Report on lock hospitals in British Burma
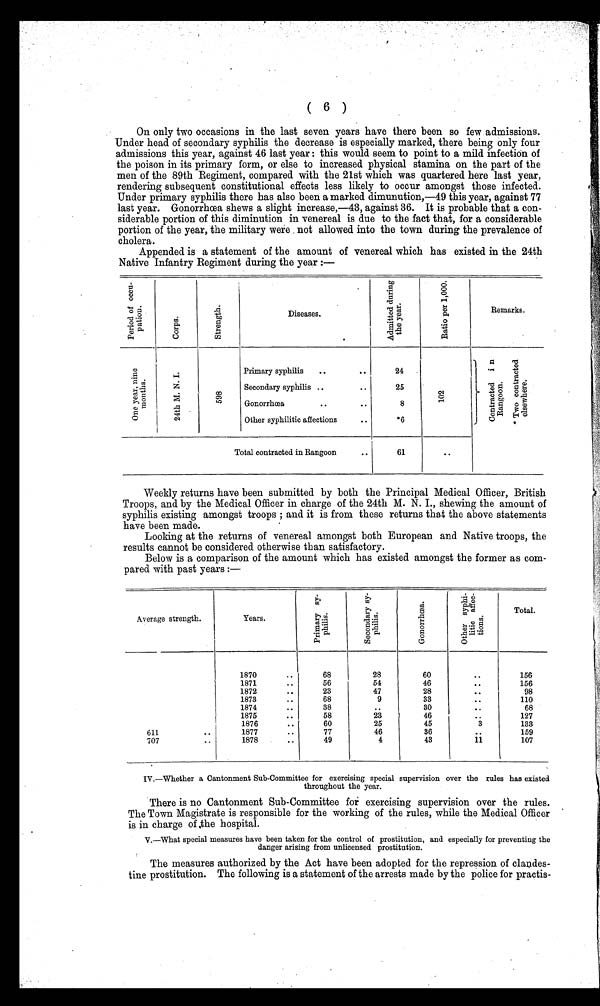
( 6 )
On only two occasions in the last seven years have there been so few admissions.
Under head of secondary syphilis the decrease is especially marked, there being only four
admissions this year, against 46 last year : this would seem to point to a mild infection of
the poison in its primary form, or else to increased physical stamina on the part of the
men of the 89th Regiment, compared with the 21st which was quartered here last year,
rendering subsequent constitutional effects less likely to occur amongst those infected.
Under primary syphilis there has also been a marked dimunution,—49 this year, against 77
last year. Gonorrhœa shews a slight increase,—43, against 36. It is probable that a con-
siderable portion of this diminution in venereal is due to the fact that, for a considerable
portion of the year, the military were . not allowed into the town during the prevalence of
cholera.
Appended is a statement of the amount of venereal which has existed in the 24th
Native Infantry Regiment during the year :—
P e r i o d o f o c c u -
p a t i o n .
C o r p s .
S t r e n g t h .
Diseases.
A d m i t t e d d u r i n g
t h e y e a r .
R a t i o p e r 1 , 0 0 0 .
Remarks.
O n e y e a r , n i n e
m o n t h s .
2 4 t h M . N . I .
5 9 8
Primary syphilis
..
. .
24
Contracted in
Rangoon.
* T w o c o n t r a c t e d
e l s e whe r e .
Secondary syphilis ..
. .
25
Gonorrhcea
..
..
8
1 0 2
Other syphilitic affections
. .
*6
Total contracted in Rangoon
..
61
. .
Weekly returns have been submitted by both the Principal Medical Officer, British
Troops, and by the Medical Officer in charge of the 24th M. N. I., shewing the amount of
syphilis existing amongst troops ; and it is from these returns that the above statements
have been made.
Looking at the returns of venereal amongst both European and Native troops, the
results cannot be considered otherwise than satisfactory.
Below is a comparison of the amount which has existed amongst the former as com-
pared with past years :—
Average strength.
Years.
P r i m a r y s y -
p h i l i s .
S e c o n d a r y s y -
p h i l i s
G o n o r r h œ a .
O t h e r s y p h i -
l i t i c a f f e c -
t i o n s .
Total.
1870
..
68
28
60
. .
156
1871
..
56
54
46
..
156
1872
..
23
47
28
. . 98
1873
..
68
9
33
. .
110
1874
..
3
30
..
68
1875
..
58
23
4 6
..
127
1876
..
60
25
45
3
133
611
..
1877
..
77
46
36
..
159
707 ..
1878
..
49
4
43
1 1
107
VI.—Whether a Cantonment Sub-Committee for exercising special supervision over the rules has existed
throughout the year.
There is no Cantonment Sub-Committee for exercising supervision over the rules.
The Town Magistrate is responsible for the working of the rules, while the Medical Officer
is in charge of the hospital.
V.—What special measures have been taken for the control of prostitution, and especially for preventing the
danger arising from unlicensed prostitution.
The measures authorized by the Act have been adopted for the repression of clandes-
tine prostitution. The following is a statement of the arrests made by the police for practis-